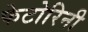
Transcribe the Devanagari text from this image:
फेटोरिनी